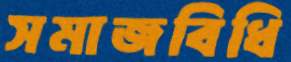
সমাজবিধি